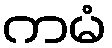
ကမံ